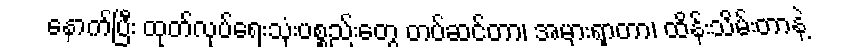
နောက်ပြီး ထုတ်လုပ်ရေးသုံးပစ္စည်းတွေ တပ်ဆင်တာ၊ အမှားရှာတာ၊ ထိန်းသိမ်းတာနဲ့